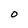
Character: O